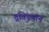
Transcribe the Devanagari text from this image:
द्रविड़यान